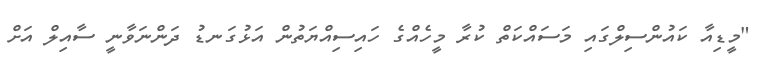
"މީޑިއާ ކައުންސިލްގައި މަސައްކަތް ކުރާ މީހެއްގެ ހައިސިއްޔަތުން އަޅުގަނޑު ދަންނަވާނީ ސާއިލް އަށް